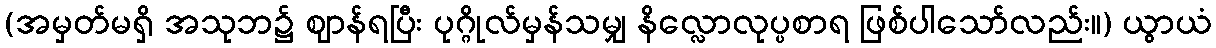
(အမှတ်မရှိ အသုဘ၌ ဈာန်ရပြီး ပုဂ္ဂိုလ်မှန်သမျှ နိလ္လောလုပ္ပစာရ ဖြစ်ပါသော်လည်း။) ယွာယံ